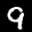
Label: 9